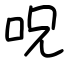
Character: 呪